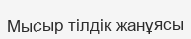
Мысыр тілдік жанұясы